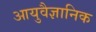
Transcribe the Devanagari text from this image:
आयुवैज्ञानिक